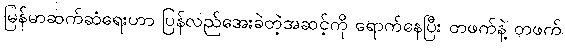
မြန်မာဆက်ဆံရေးဟာ ပြန်လည်အေးခဲတဲ့အဆင့်ကို ရောက်နေပြီး တဖက်နဲ့ တဖက်